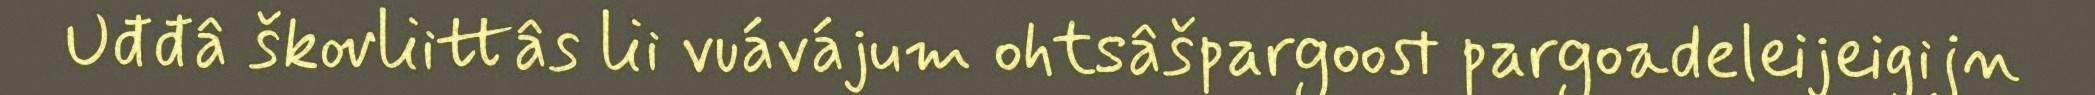
Uđđâ škovliittâs lii vuávájum ohtsâšpargoost pargoadeleijeigijn